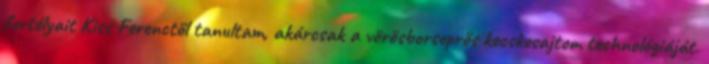
fortélyait Kiss Ferenctől tanultam, akárcsak a vörösborseprős kecskesajtom technológiáját.